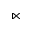
\ltimes